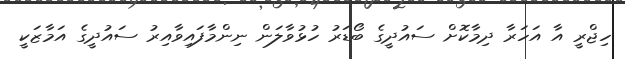
ހިޖްރީ އާ އަހަރާ ދިމާކޮށް ސައުދީގެ ބޯޑަރު ހުޅުވާލަން ނިންމާފައިވާއިރު ސައުދީގެ އަމާޒަކީ